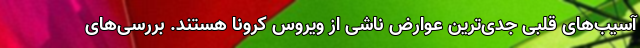
آسیب‌های قلبی جدی‌ترین عوارض ناشی از ویروس کرونا هستند. بررسی‌های